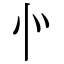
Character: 㣺